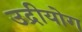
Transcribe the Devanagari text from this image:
उद्रीयोग